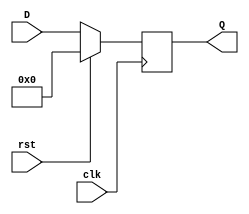
`timescale 1ns / 1ps
//////////////////////////////////////////////////////////////////////////////////
// Company: 
// Engineer: 
// 
// Design Name: 
// Module Name: nbit_siso
// Project Name: 
// Target Devices: 
// Tool Versions: 
// Description: 
// 
// Dependencies: 
// 
// Revision:
// Revision 0.01 - File Created
// Additional Comments:
// 
//////////////////////////////////////////////////////////////////////////////////


module nbit_siso#(parameter N=6) (
  input clk,
  input [N-1:0] D,
  input rst,
  output [N-1:0] Q
);
  reg [N-1:0] data;
  always @(posedge clk) begin
    if (rst) begin
      data<=0; 
    end else begin
      data<=D;  
    end
  end
  assign Q=data;  
endmodule